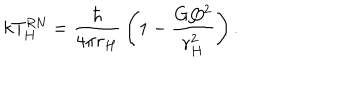
LaTeX: k T _ { H } ^ { \mathrm { R N } } = { \frac { \hbar } { 4 \pi r _ { H } } } \left( 1 - { \frac { G Q ^ { 2 } } { r _ { H } ^ { 2 } } } \right) .